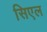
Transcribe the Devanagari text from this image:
सिएल